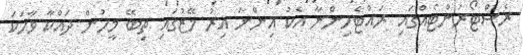
ރެސްޓޯރަންޓެއްގައި ރައްޓެހިންނާ އެކު އިންނަ އިރު މޭޒުގައި ތިބޭ މީހުން ދައްކާ ވާހަކަ